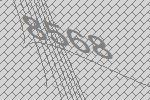
8568